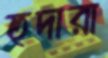
হুদারা